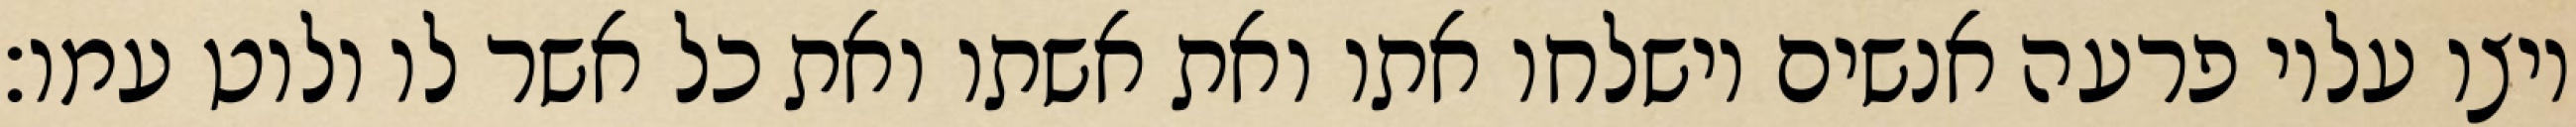
ויצו עליו פרעה אנשים וישלחו אתו ואת אשתו ואת כל אשר לו ולוט עמו׃